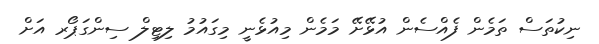
ނިކުތަސް ތަމެން ފެއްސެން އުޅޭށޭ މަމެން މިއުޅެނީ މިގައުމު ލިޓިލް ސިންގަޕޯރ އަށް